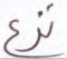
نزع